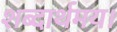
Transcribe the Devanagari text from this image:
शब्दार्थमय।